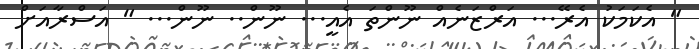
" އެކަމަކު އެރޭ... އަރްޒަނެއް ނޫންތަ އެއީ... ނޫން.. ނޫން... " އަސްރާއަށް